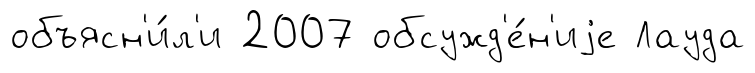
объясн'и́л'и 2007 обсужд'е́н'иjе Лауда